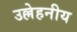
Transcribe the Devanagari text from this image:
उल्लेहनीय